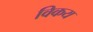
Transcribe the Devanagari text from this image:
विकय